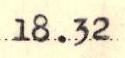
18.32